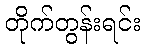
တိုက်တွန်းရင်း